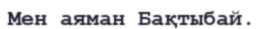
Мен аяман Бақтыбай.